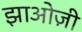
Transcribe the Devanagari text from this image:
झाओज़ी